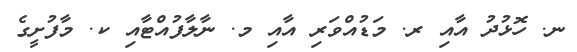
ނ. ހޮޅުދު އާއި ރ. މަޑުއްވަރި އާއި މ. ނާލާފުއްޓާއި ކ. މާފުށީގެ